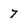
Character: 7